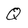
Character: Q